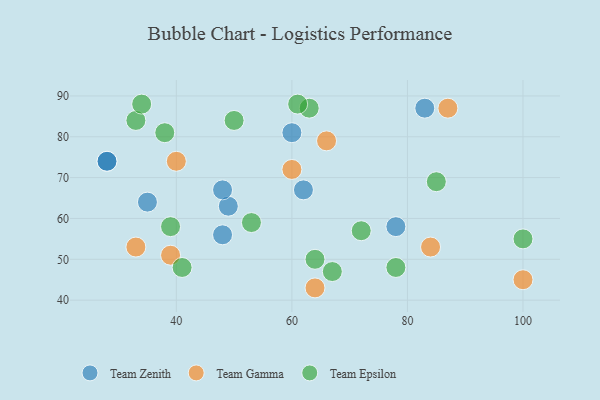
{"axis": {"x": "GDP", "y": "Life Expectancy"}, "legend": ["Team Epsilon", "Team Gamma", "Team Zenith"], "data": [{"x": "35", "y": 64, "type": "Team Zenith"}, {"x": "28", "y": 74, "type": "Team Zenith"}, {"x": "28", "y": 74, "type": "Team Zenith"}, {"x": "48", "y": 56, "type": "Team Zenith"}, {"x": "60", "y": 81, "type": "Team Zenith"}, {"x": "78", "y": 58, "type": "Team Zenith"}, {"x": "49", "y": 63, "type": "Team Zenith"}, {"x": "62", "y": 67, "type": "Team Zenith"}, {"x": "83", "y": 87, "type": "Team Zenith"}, {"x": "48", "y": 67, "type": "Team Zenith"}, {"x": "87", "y": 87, "type": "Team Gamma"}, {"x": "60", "y": 72, "type": "Team Gamma"}, {"x": "84", "y": 53, "type": "Team Gamma"}, {"x": "33", "y": 53, "type": "Team Gamma"}, {"x": "66", "y": 79, "type": "Team Gamma"}, {"x": "100", "y": 45, "type": "Team Gamma"}, {"x": "39", "y": 51, "type": "Team Gamma"}, {"x": "64", "y": 43, "type": "Team Gamma"}, {"x": "40", "y": 74, "type": "Team Gamma"}, {"x": "41", "y": 48, "type": "Team Epsilon"}, {"x": "64", "y": 50, "type": "Team Epsilon"}, {"x": "100", "y": 55, "type": "Team Epsilon"}, {"x": "39", "y": 58, "type": "Team Epsilon"}, {"x": "67", "y": 47, "type": "Team Epsilon"}, {"x": "33", "y": 84, "type": "Team Epsilon"}, {"x": "50", "y": 84, "type": "Team Epsilon"}, {"x": "63", "y": 87, "type": "Team Epsilon"}, {"x": "38", "y": 81, "type": "Team Epsilon"}, {"x": "72", "y": 57, "type": "Team Epsilon"}, {"x": "53", "y": 59, "type": "Team Epsilon"}, {"x": "61", "y": 88, "type": "Team Epsilon"}, {"x": "34", "y": 88, "type": "Team Epsilon"}, {"x": "78", "y": 48, "type": "Team Epsilon"}, {"x": "85", "y": 69, "type": "Team Epsilon"}]}